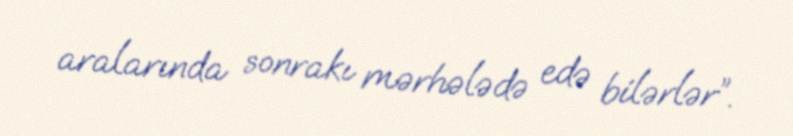
aralarında sonrakı mərhələdə edə bilərlər”.